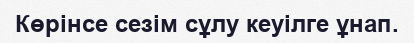
Көрінсе сезім сұлу кеуілге ұнап.